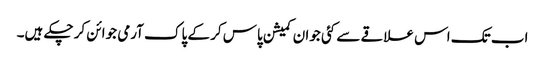
اب تک اس علاقے سے کئی جوان کمیشن پاس کر کے پاک آرمی جوائن کر چکے ہیں۔